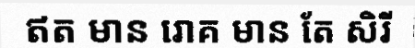
ឥត មាន រោគ មាន តែ សិរី